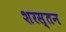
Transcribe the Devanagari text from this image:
शरस्तन